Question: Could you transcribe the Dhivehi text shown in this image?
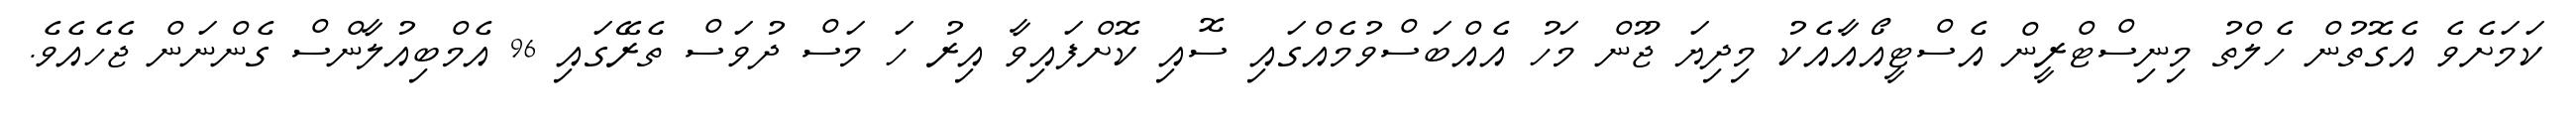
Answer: ކަމަށެވެ އެގޮތުން ހެލްތު މިނިސްޓްރީން އެސްޓީއޯއާއެކު މިދިޔަ ޖޫން މަހު އެއްބަސްވުމެއްގައި ސޮއި ކޮށްފައިވާ އިރު ހަ މަސް ދުވަސް ތެރޭގައި 96 އެމްބިއުލާންސް ގެންނަން ޖެހެއެވެ.